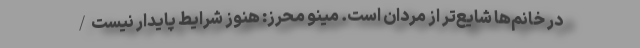
در خانم‌ها شایع‌تر از مردان است. مینو محرز: هنوز شرایط پایدار نیست/